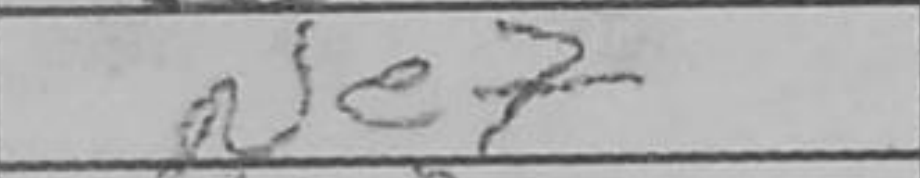
Transcription: Ne7